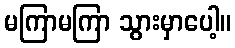
မကြာမကြာ သွားမှာပေါ့။